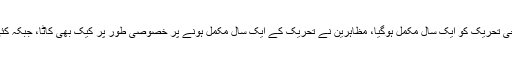
تفصیلات کے مطابق فرانس میں یلوویسٹ مظاہرین کی احتجاجی تحریک کو ایک سال مکمل ہوگیا، مظاہرین نے تحریک کے ایک سال مکمل ہونے پر خصوصی طور پر کیک بھی کاٹا، جبکہ کئی علاقوں میں پولیس اور مظاہرین کے درمیان تصادم بھی ہوا۔